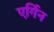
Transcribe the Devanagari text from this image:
एर्गिन